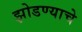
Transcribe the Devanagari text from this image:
झोडण्याचे